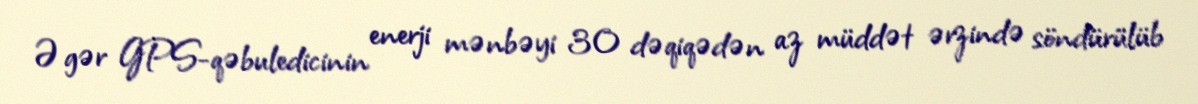
Əgər GPS-qəbuledicinin enerji mənbəyi 30 dəqiqədən az müddət ərzində söndürülüb